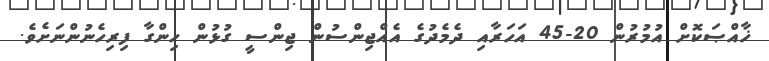
ޚާއްޞަކޮށް އުމުރުން 20-45 އަހަރާއި ދެމެދުގެ އެއްޖިންސުން ޖިންސީ ގުޅުން ހިންގާ ފިރިހެނުންނަށެވެ.